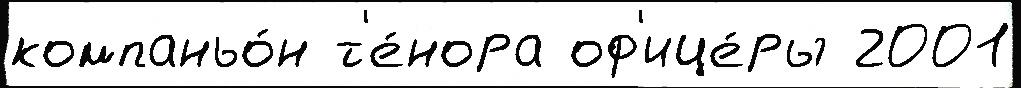
компаньо́н т'е́нора оф'ице́ры 2001